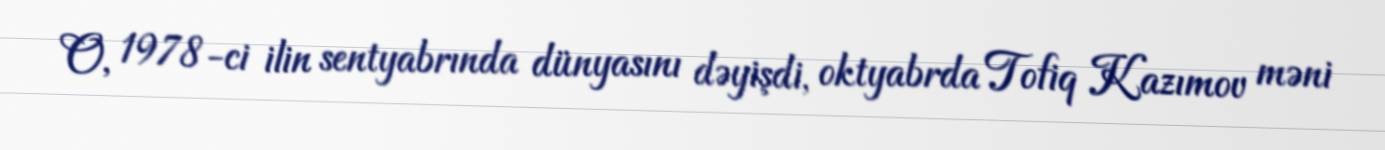
O, 1978-ci ilin sentyabrında dünyasını dəyişdi, oktyabrda Tofiq Kazımov məni